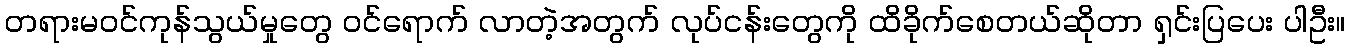
တရားမဝင်ကုန်သွယ်မှုတွေ ဝင်ရောက် လာတဲ့အတွက် လုပ်ငန်းတွေကို ထိခိုက်စေတယ်ဆိုတာ ရှင်းပြပေး ပါဦး။